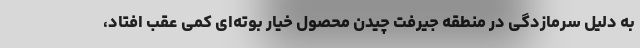
به دلیل سرمازدگی در منطقه جیرفت چیدن محصول خیار بوته‌ای کمی عقب افتاد،